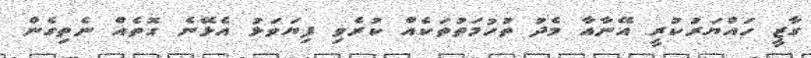
ގާޒީ ހައްޔަރުކުރީ އޭނާއާ މެދު ތުހުމަތުތަކެއް ކުރެވި ފިޔަވަޅު އެޅޭނެ ގޮތެއް ނެތިގެން